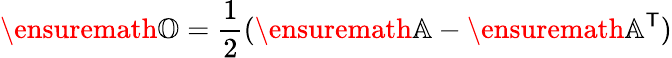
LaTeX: \ensuremath{\mathbb{O}}=\frac{1}{2}(\ensuremath{\mathbb{A}}-\ensuremath{\mathbb{A}}^{\sf T})